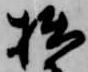
拙